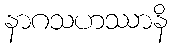
နာဂသဟဿာနိ